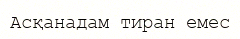
Асқанадам тиран емес